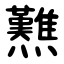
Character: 㸐